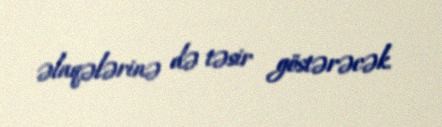
əlaqələrinə də təsir göstərəcək.